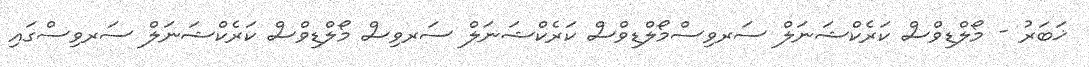
ޚަބަރު - މޯލްޑިވްސް ކަރެކްޝަނަލް ސަރވިސްމޯލްޑިވްސް ކަރެކްޝަނަލް ސަރވިސް މޯލްޑިވްސް ކަރެކްޝަނަލް ސަރވިސްގައި